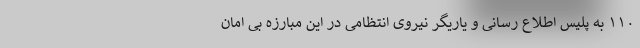
۱۱۰ به پلیس اطلاع رسانی و یاریگر نیروی انتظامی در این مبارزه بی امان